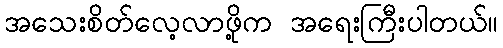
အသေးစိတ်လေ့လာဖို့က အရေးကြီးပါတယ်။